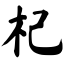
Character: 杞